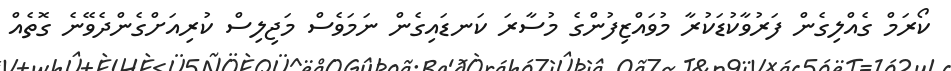
ކޯރަމް ގެއްލިގެން ފަރުވާކުޑަކުރާ މުވައްޒިފުންގެ މުސާރަ ކަނޑައިގެން ނަމަވެސް މަޖިލިސް ކުރިއަށްގެންދެވޭނެ ގޮތެއް